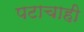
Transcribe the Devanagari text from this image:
पटाचाही